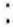
: